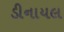
ડીનાયલ